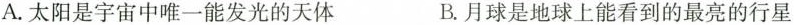
A. 太阳是宇宙中唯一能发光的天体 B. 月球是地球上能看到的最亮的行星